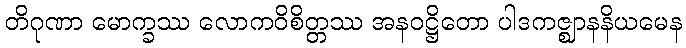
တိဂုဏာ မောက္ခဿ လောကဝိစိတ္တဿ အနဝဋ္ဌိတော ပါဒကဇ္ဈာနနိယမေန